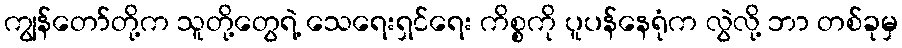
ကျွန်တော်တို့က သူတို့တွေရဲ့ သေရေးရှင်ရေး ကိစ္စကို ပူပန်နေရုံက လွဲလို့ ဘာ တစ်ခုမှ